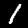
Label: 1